Indian journal of veterinary science and animal husbandry - Volumes 15-17, 1948-1951
Year: 1948
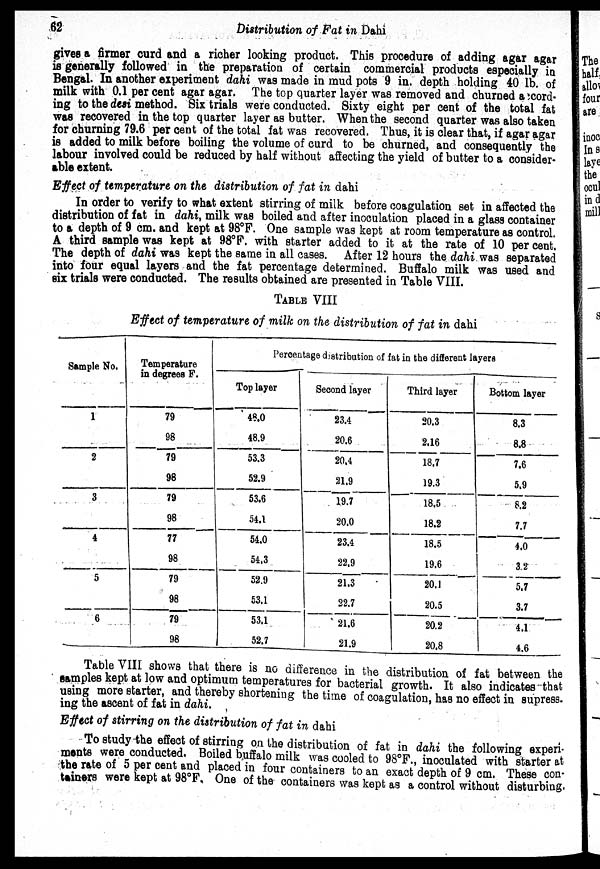
62
Distribution of Pat in Dahi
gives a firmer curd and a richer looking product. This procedure of adding agar agar
is generally followed in the preparation of certain commercial products especially in
Bengal. In another experiment dahi was made in mud pots 9 in. depth holding 40 lb. of
milk with 0.1 per cent agar agar. The top quarter layer was removed and churned accord-
ing to the desi method. Six trials were conducted. Sixty eight per cent of the total fat
was recovered in the top quarter layer as butter. When the second quarter was also taken
for churning 79.6 per cent of the total fat was recovered. Thus, it is clear that, if agar agar
is added to milk before boiling the volume of curd to be churned, and consequently the
labour involved could be reduced by half without affecting the yield of butter to a consider-
able extent.
Effect of temperature on the distribution of fat in dahi
In order to verify to what extent stirring of milk before coagulation set in affected the
distribution of fat in dahi, milk was boiled and after inoculation placed in a glass container
to a depth of 9 cm. and kept at 98°F. One sample was kept at room temperature as control.
A third sample was kept at 98°F. with starter added to it at the rate of 10 per cent.
The depth of dahi was kept the same in all cases. After 12 hours the dahi was separated
into four equal layers and the fat percentage determined. Buffalo milk was used and
six trials were conducted. The results obtained are presented in Table VIII.
TABLE VIII
Effect of temperature of milk on the distribution of fat in dahi
Sample No.
1
2
3
4
5
6
Temperature
in degrees F.
79
98
79
98
79
98
77
98
79
98
79
98
Percentage distribution of fat in the different layers
Top layer
48.0
48.9
53.3
52.9
53.6
54.1
54.0
54.3
52.9
53.1
53.1
52.7
Second layer
23.4
20.6
20.4
21.9
19.7
20.0
23.4
22.9
21.3
22.7
21.6
21.9
Third layer
20.3
2.16
18.7
19.3
18.5
18.2
18.5
19.6
20.1
20.5
20.2
20.8
Bottom layer
8.3
8.8
7.6
5.9
8.2
7.7
4.0
3.2
5.7
3.7
4.1
4.6
Table VIII shows that there is no difference in the distribution of fat between the
samples kept at low and optimum temperatures for bacterial growth. It also indic
using more starter, and thereby shortening the time of coagulation, has no effect in supress¬
ing the ascent of fat in dahi.
Effect of stirring on the distribution of fat in dahi
To study the effect of stirring on the distribution of fat in dahi the following experi-
ments were conducted. Boiled buffalo milk was cooled to 98°F., inoculated with starter at
the rate of 5 per cent and placed in four containers to an exact depth of 9 cm. These con¬
tainers were kept at 98°F. One of the containers was kept as a control without disturbing.